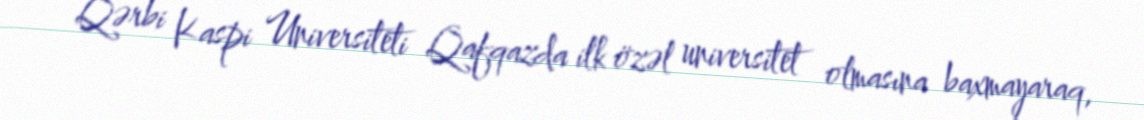
Qərbi Kaspi Universiteti Qafqazda ilk özəl universitet olmasına baxmayaraq,